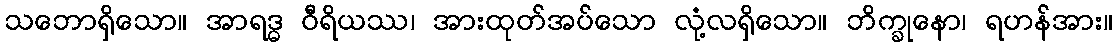
သဘောရှိသော။ အာရဒ္ဓ ဝီရိယဿ၊ အားထုတ်အပ်သော လုံ့လရှိသော။ ဘိက္ခုနော၊ ရဟန်အား။